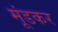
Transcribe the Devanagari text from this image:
मूंडकर